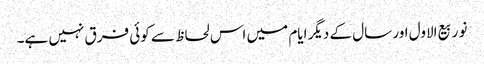
نو ربیع الاول اور سال کے دیگر ایام میں اس لحاظ سے کوئی فرق نہیں ہے۔